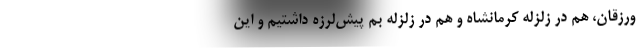
ورزقان، هم در زلزله کرمانشاه و هم در زلزله بم پیش‌لرزه داشتیم و این